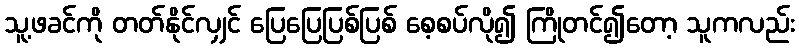
သူ့ဖခင်ကို တတ်နိုင်လျှင် ပြေပြေပြစ်ပြစ် စေ့စပ်လို၍ ကြိုတင်၍တော့ သူကလည်း